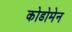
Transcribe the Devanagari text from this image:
कोडोमेन